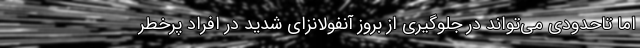
اما تاحدودی می‌تواند در جلوگیری از بروز آنفولانزای شدید در افراد پرخطر